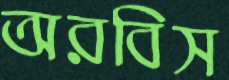
অরবিস